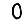
Digit: 0